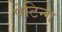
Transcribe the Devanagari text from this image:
पेटिन्ग